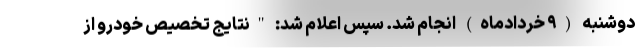
دوشنبه (۹ خردادماه) انجام شد. سپس اعلام شد: "نتایج تخصیص خودرو از